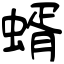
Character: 蝑